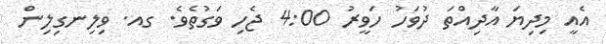
އެއީ މިދިޔަ އާދިއްތަ ދުވަހު ހަވީރު 4:00 ޖެހި ވަގުތެވެ. ގއ. ވިލިނގިލިން